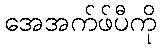
အေအက်ဖ်ပီကို